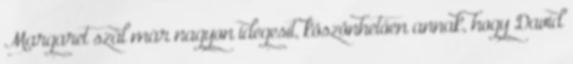
Margaret szál már nagyon idegesít, köszönhetően annak, hogy David